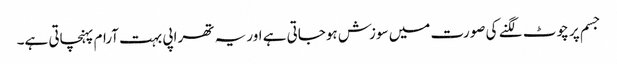
جسم پر چوٹ لگنے کی صورت میں سوزش ہوجاتی ہے اور یہ تھراپی بہت آرام پہنچاتی ہے۔